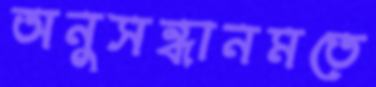
অনুসন্ধানমতে